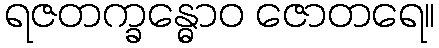
ရဇတက္ခန္ဓောဝ ဇောတရေ။